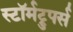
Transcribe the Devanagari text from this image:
स्टॉर्मट्रुपर्स